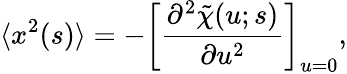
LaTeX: \langle x^{2}(s)\rangle=-\left[\frac{\partial^{2}\tilde{\chi}(u;s)}{\partial u^{2}}\right]_{u=0},